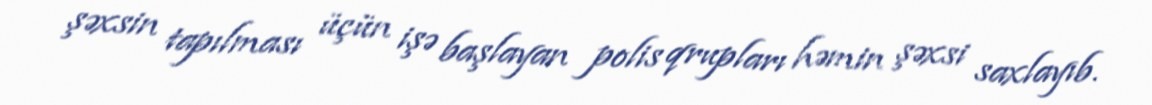
şəxsin tapılması üçün işə başlayan polis qrupları həmin şəxsi saxlayıb.